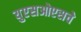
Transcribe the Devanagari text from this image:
युएसओएसचे